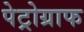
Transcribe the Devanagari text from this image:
पेट्रोग्राफ